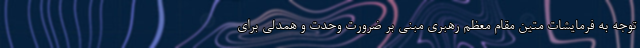
توجه به فرمایشات متین مقام معظم رهبری مبنی بر ضرورت وحدت و همدلی برای